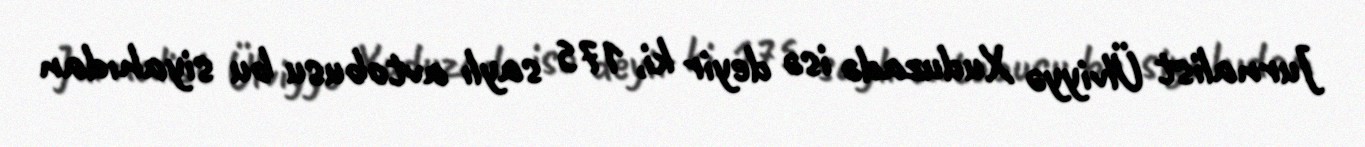
Jurnalist Ülviyyə Xuduzadə isə deyir ki, 175 saylı avtobusu bu siyahıdan